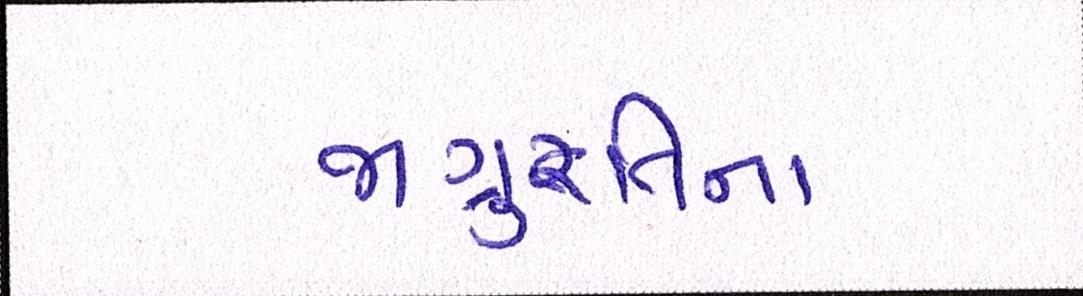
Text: જાગુ્રતિના